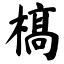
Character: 槁